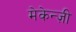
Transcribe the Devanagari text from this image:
मेकेन्ज़ी